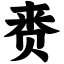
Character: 赉